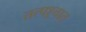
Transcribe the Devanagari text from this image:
तत्पश्र्चात्